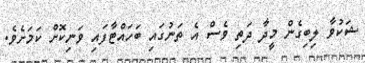
ޝަކުވާ ލިބިގެން މީދާ ދަތި ވެސް އެ ތަނުގައި ބަހައްޓާފައި ވަނިކޮށް ކަމަށެވެ.